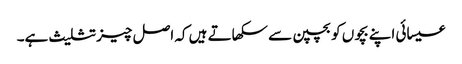
عیسائی اپنے بچوں کو بچپن سے سکھاتے ہیں کہ اصل چیز تثلیث ہے۔